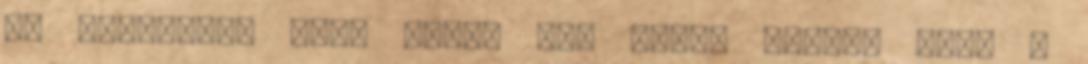
is díjaztak. Csak azért nem nyert hatot, mert a